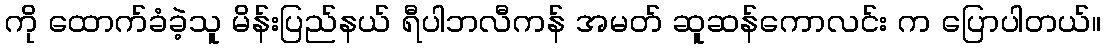
ကို ထောက်ခံခဲ့သူ မိန်းပြည်နယ် ရီပါဘလီကန် အမတ် ဆူဆန်ကောလင်း က ပြောပါတယ်။